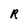
Character: R